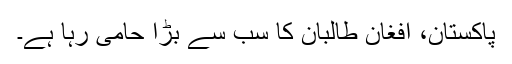
پاکستان، افغان طالبان کا سب سے بڑا حامی رہا ہے۔